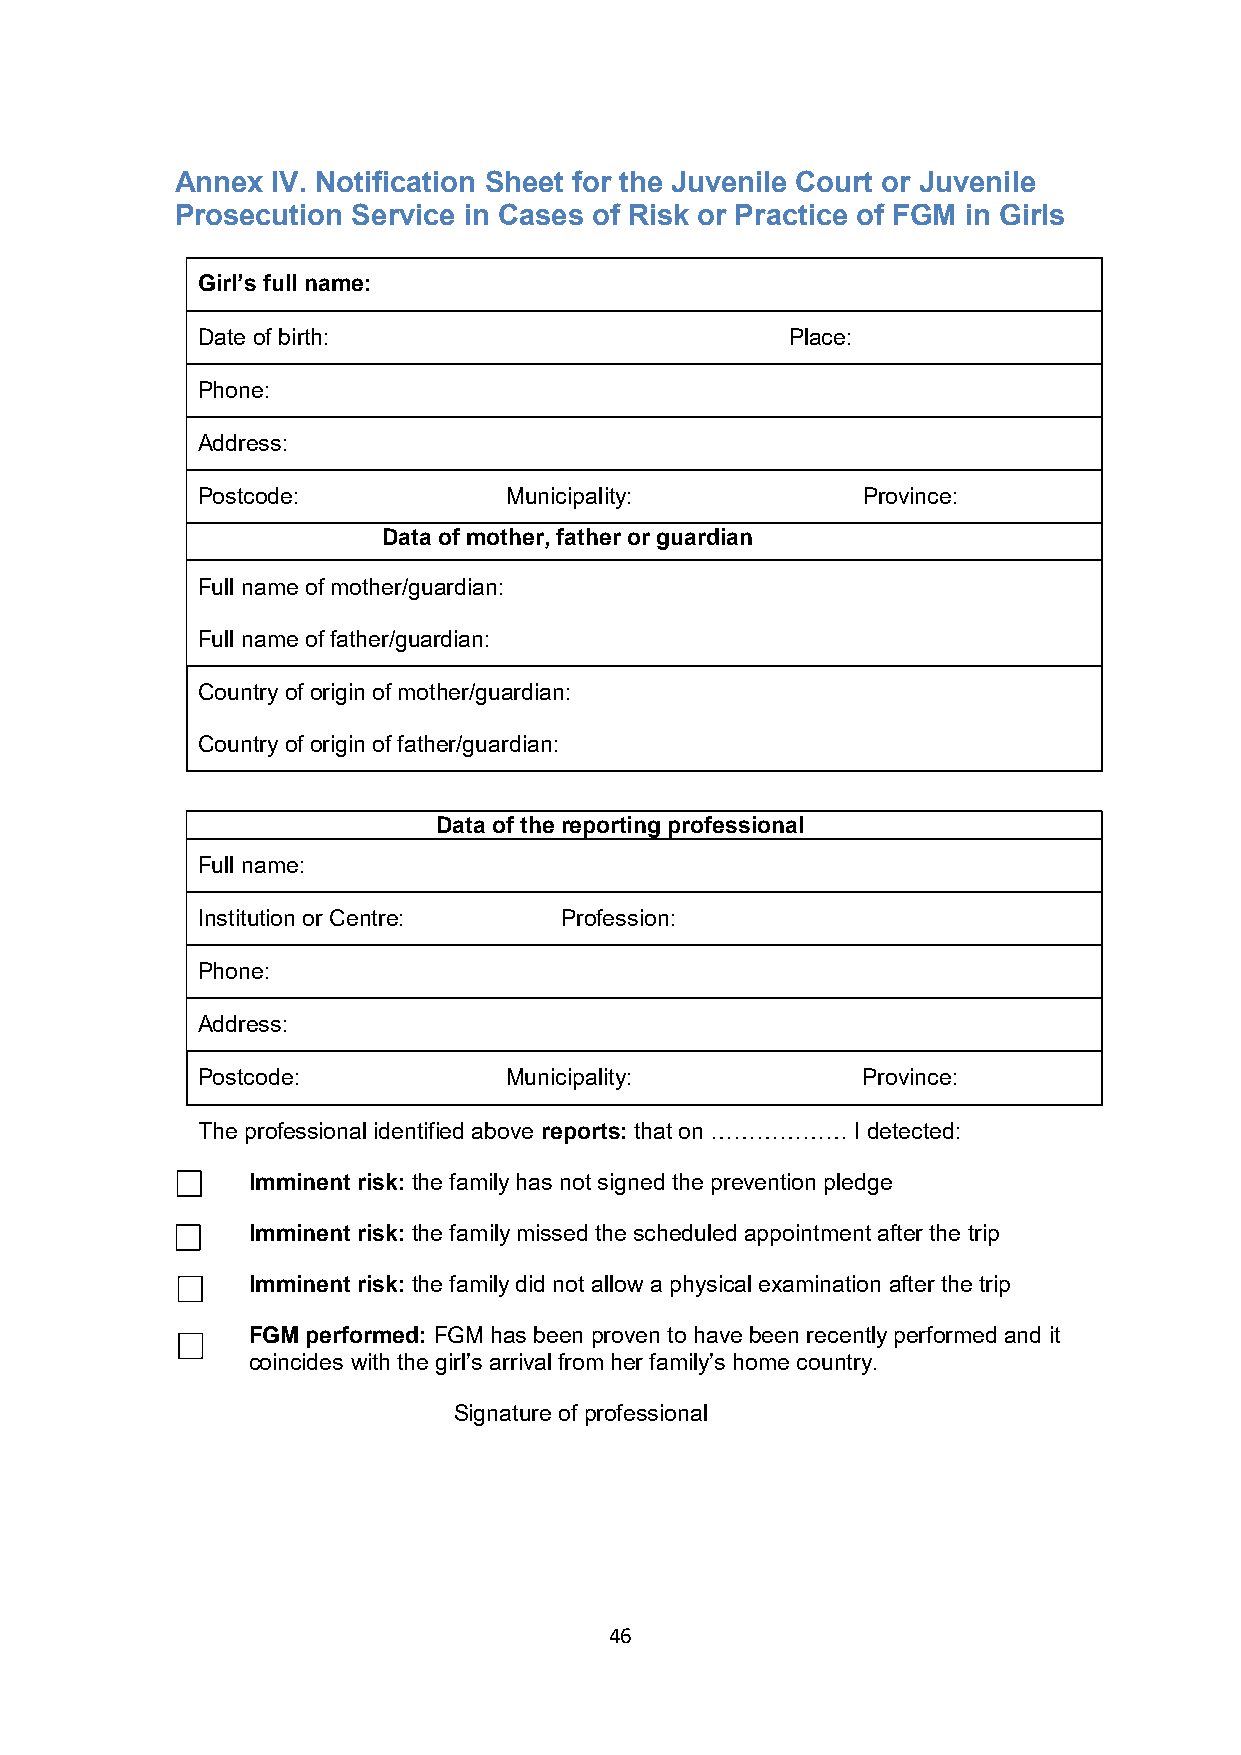
Annex IV. Notification Sheet for the Juvenile Court or Juvenile
 Prosecution Service in Cases of Risk or Practice of FGM in Girls
 Girl’s full name:
 Date of birth:                         Place:
 Phone:
 Address:
 Postcode:            Municipality:          Province:
 Data of mother, father or guardian
 Full name of mother/guardian:
 Full name of father/guardian:
 Country of origin of mother/guardian:
 Country of origin of father/guardian:
 Data of the reporting professional
 Full name:
 Institution or Centre:  Profession:
 Phone:
 Address:
 Postcode:            Municipality:          Province:
 The professional identified above reports: that on ……………… I detected:
 Imminent risk: the family has not signed the prevention pledge
 Imminent risk: the family missed the scheduled appointment after the trip
 Imminent risk: the family did not allow a physical examination after the trip
 FGM performed: FGM has been proven to have been recently performed and it
 coincides with the girl’s arrival from her family’s home country.
 Signature of professional
 46